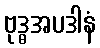
ဗုဒ္ဓအပဒါနံ